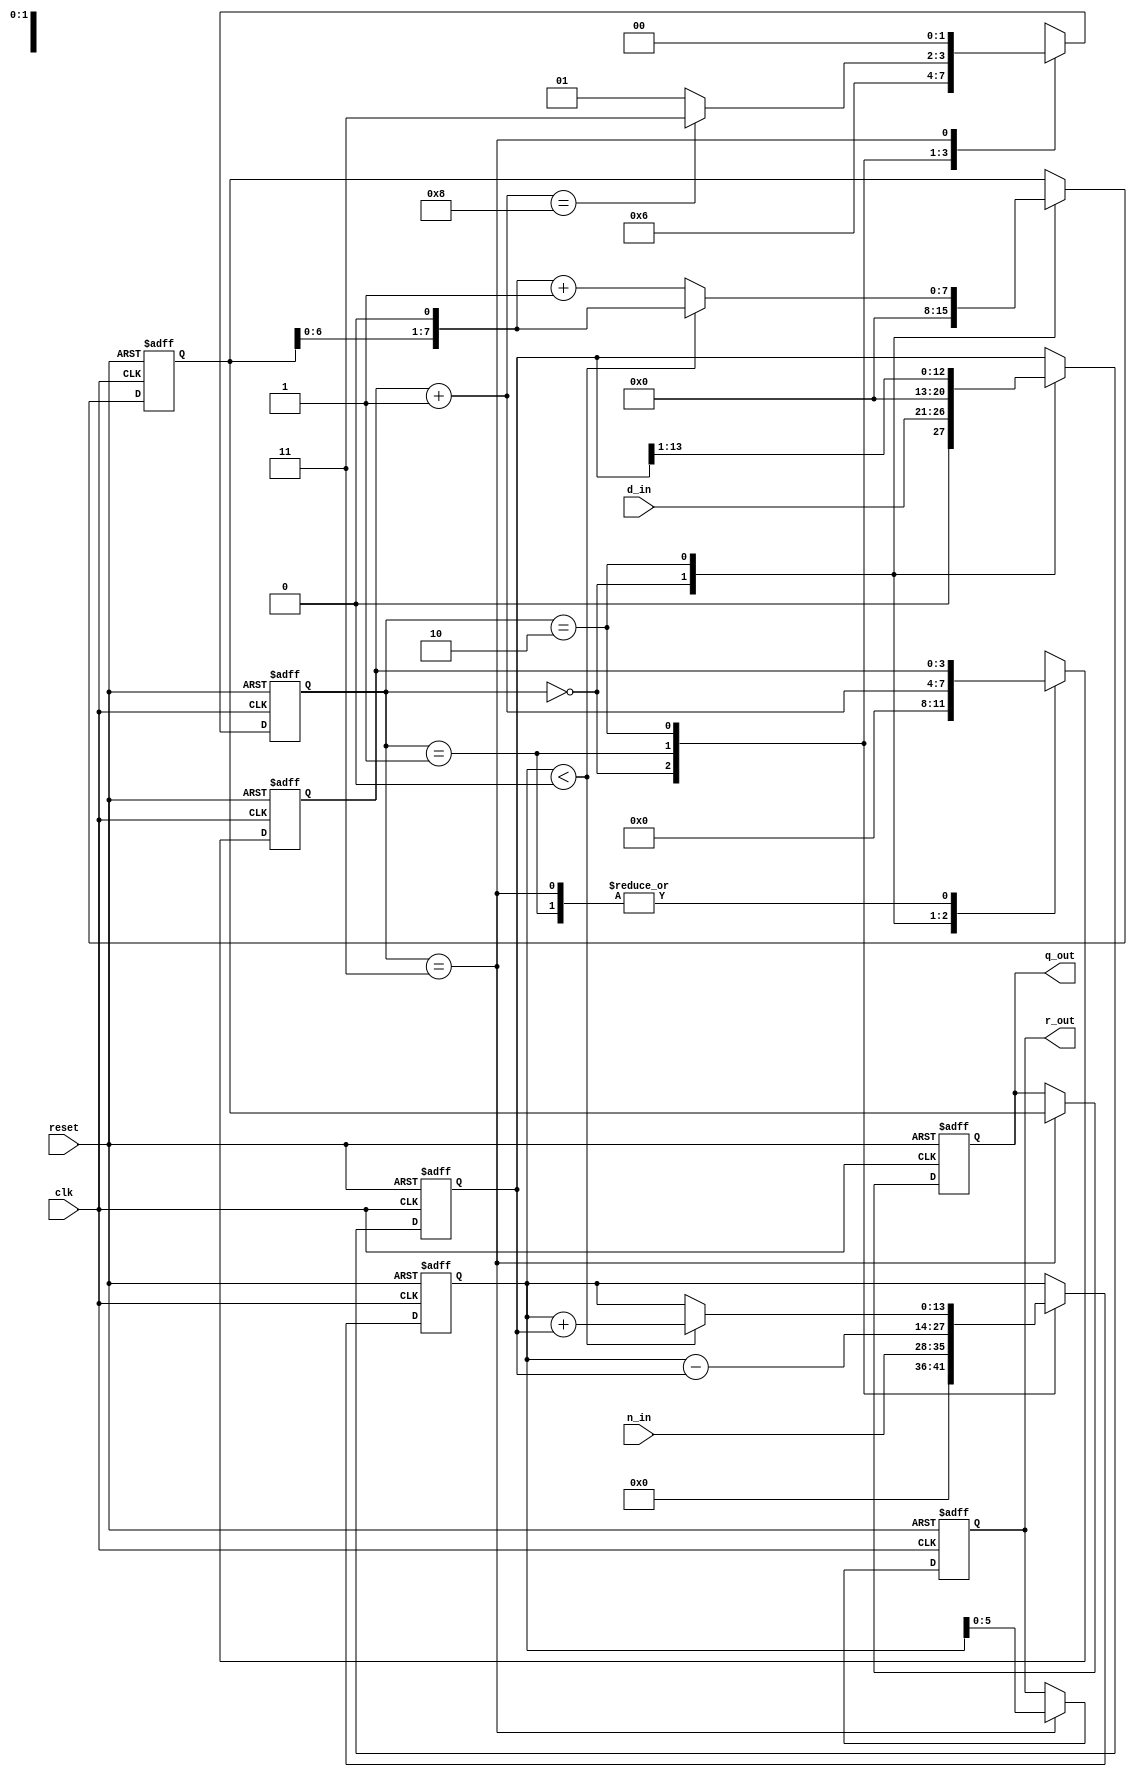
//*********************************************************
// IEEE STD 1364-2001 Verilog file: div_res.v
// Author-EMAIL: Uwe.Meyer-Baese@ieee.org
//*********************************************************
// Restoring Division
// Bit width: WN  WD  WN  WD
//  Nominator / Denumerator = Quotient and Remainder
// OR:  Nominator = Quotient * Denumerator + Remainder
// --------------------------------------------------------

module div_res  //------> Interface
( input clk,  // System clock
  input reset,  // Asynchron reset
  input [7:0] n_in,  // Nominator
  input [5:0] d_in,  // Denumerator
  output reg [5:0] r_out,  // Remainder
  output reg [7:0] q_out); // Quotient

// --------------------------------------------------------
reg [1:0] state;  // FSM state
parameter ini=0, sub=1, restore=2, done=3; // State

// assignments
// Divider in behavioral style
always @(posedge clk or posedge reset) begin : States // Finite state machine
    reg [3:0] count;
    reg [13:0] d;  // Double bit width unsigned
    reg signed [13:0] r; // Double bit width signed
    reg [7:0] q;
    if (reset) begin  // Asynchronous reset
        state <= ini; count <= 0;
        q <= 0; 
        r <= 0; 
        d <= 0; 
        q_out <= 0; 
        r_out <= 0;
    end else case (state)
        ini : begin  // Initialization step
            state <= sub;
            count = 0;
            q <= 0;  // Reset quotient register
            d <= d_in << 7;  // Load aligned denumerator
            r <= n_in;  // Remainder = nominator
        end
        sub : begin  // Processing step
            r <= r - d;  // Subtract denumerator
            state <= restore;
        end
        restore : begin  // Restoring step
            if (r < 0) begin // Check r < 0
                r <= r + d;  // Restore previous remainder
                q <= q << 1;  // LSB = 0 and SLL
            end else
                q <= ( q << 1 ) + 1; // LSB = 1 and SLL
                count = count + 1;
                d <= d >> 1 ;
            if (count == 8)  // Division ready ?
                state <= done;
            else
                state <= sub;
            end
        done : begin  // Output of result
            q_out <= q[7:0];
            r_out <= r[5:0];
            state <= ini;  // Start next division
        end
    endcase
end

endmodule